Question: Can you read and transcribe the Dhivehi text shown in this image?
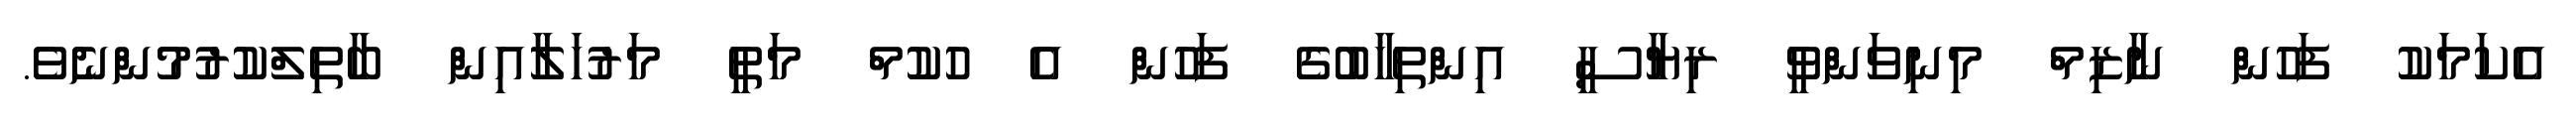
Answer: އެކަމަކު ފަހުން ނާޒިމް މިނިވަންވީ ރިޔާސީ އިންތިޚާބުގެ ފަހުން އެ ހުކުމް މަތީ މަރުހަލާއިން ބާތިލްކުރުމުންނެވެ.